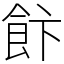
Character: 飰